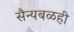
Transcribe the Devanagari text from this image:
सैन्यबळही